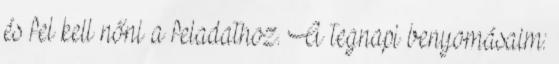
és fel kell nőni a feladathoz. A tegnapi benyomásaim: